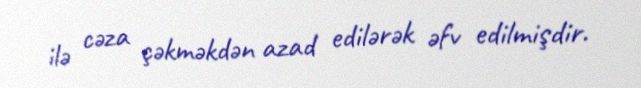
ilə cəza çəkməkdən azad edilərək əfv edilmişdir.